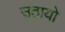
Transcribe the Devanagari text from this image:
उठायो